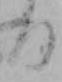
る